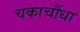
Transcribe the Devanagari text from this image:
चकाचौंधा